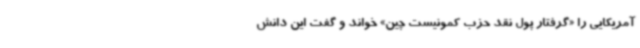
آمریکایی را «گرفتار پول نقد حزب کمونیست چین» خواند و گفت این دانش